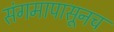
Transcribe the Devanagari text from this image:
संगमापासूनच